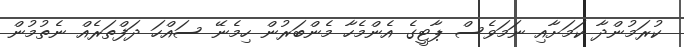
ކުރަމުންދާ ކަމަށާއި ނަމަވެސް ޕާޓީގެ އެންމެހާ މެންބަރުން ހިމެނޭ ސައްހަ ދަފްތަރެއް ނެތުމުން